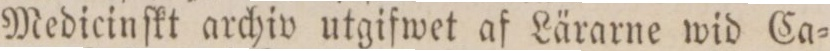
Medicinſkt archiv utgifwet af Lärarne wid Ca=